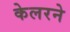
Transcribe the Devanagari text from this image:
केलरने